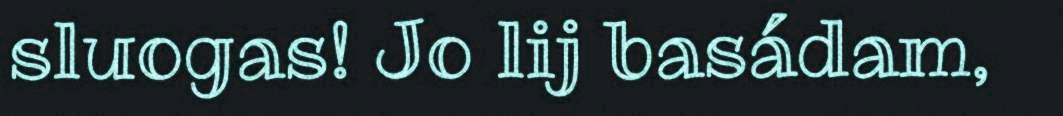
sluogas! Jo lij basádam,